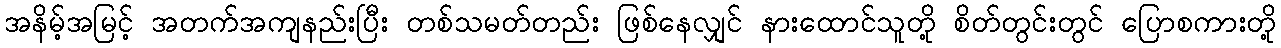
အနိမ့်အမြင့် အတက်အကျနည်းပြီး တစ်သမတ်တည်း ဖြစ်နေလျှင် နားထောင်သူတို့ စိတ်တွင်းတွင် ပြောစကားတို့